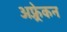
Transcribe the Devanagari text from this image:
अफ़्र्रेकन